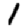
Digit: 1